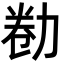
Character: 勌